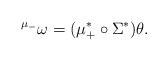
\begin{align*}{}^{\mu_-} \omega = (\mu_+^* \circ \Sigma^*) \theta. \end{align*}